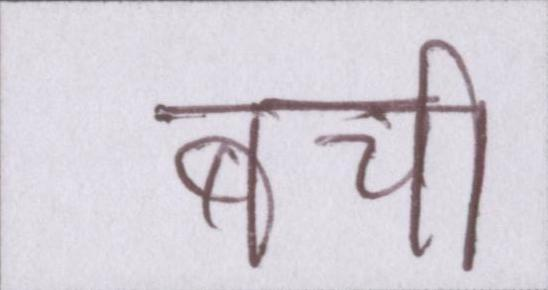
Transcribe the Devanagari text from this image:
बची